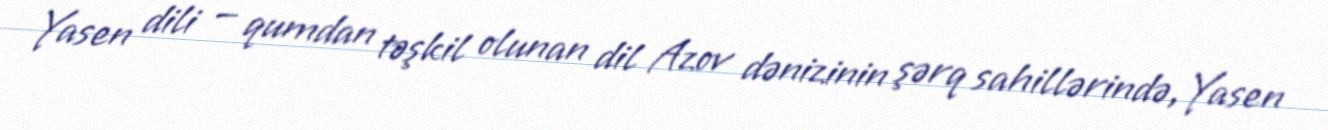
Yasen dili — qumdan təşkil olunan dil Azov dənizinin şərq sahillərində, Yasen